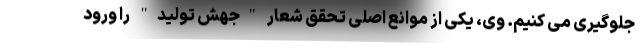
جلوگیری می کنیم. وی، یکی از موانع اصلی تحقق شعار "جهش تولید" را ورود